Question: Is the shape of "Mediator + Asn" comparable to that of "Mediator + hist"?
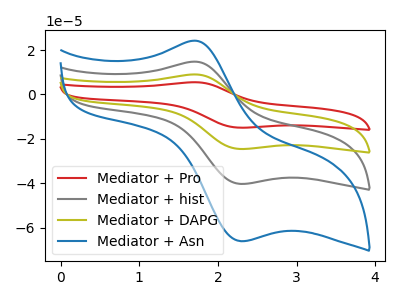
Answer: <think>The red curve "Mediator + Pro" has an anodic peak at (1.70V, 44.25uA) and a cathodic peak at (2.30V, -120.90uA). The gray curve "Mediator + hist" has an anodic peak at (1.70V, 14.75uA) and a cathodic peak at (2.30V, -40.30uA). The olive curve "Mediator + DAPG" has an anodic peak at (1.70V, 29.50uA) and a cathodic peak at (2.30V, -80.60uA). The blue curve "Mediator + Asn" has an anodic peak at (1.70V, 24.20uA) and a cathodic peak at (2.30V, -66.05uA).
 All the peaks in "Mediator + Asn" have a peak in "Mediator + hist" at the same potential. Every peak in "Mediator + Asn" is higher than every peak in "Mediator + hist".</think>
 <answer>"Mediator + Asn" and "Mediator + hist" are similar in shape.</answer>
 <eval>same_shape</eval>